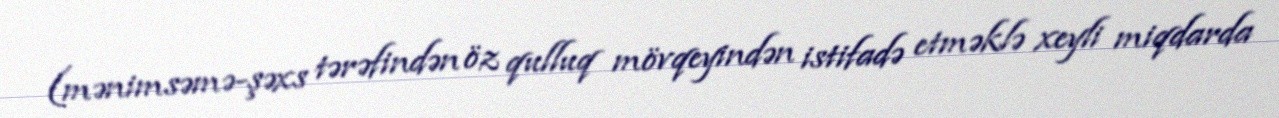
(mənimsəmə-şəxs tərəfindən öz qulluq mövqeyindən istifadə etməklə xeyli miqdarda